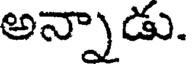
అన్నాడు.